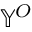
\mathbb { Y } ^ { O }